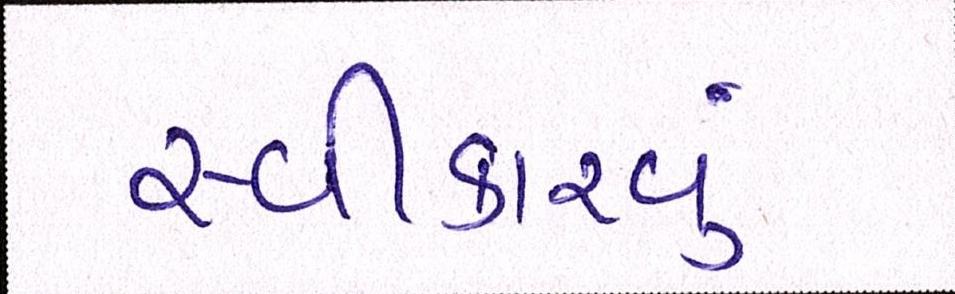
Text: સ્વીકારવું